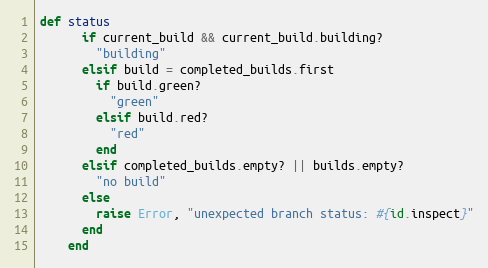
Language: Ruby
def status
      if current_build && current_build.building?
        "building"
      elsif build = completed_builds.first
        if build.green?
          "green"
        elsif build.red?
          "red"
        end
      elsif completed_builds.empty? || builds.empty?
        "no build"
      else
        raise Error, "unexpected branch status: #{id.inspect}"
      end
    end